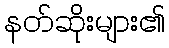
နတ်ဆိုးများ၏